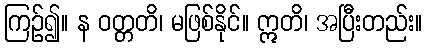
ကြဉ်၍။ န ဝတ္တတိ၊ မဖြစ်နိုင်။ ဣတိ၊ အပြီးတည်း။